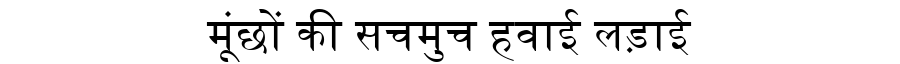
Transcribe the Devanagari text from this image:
मूंछों की सचमुच हवाई लड़ाई